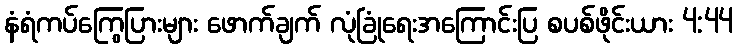
နံရံကပ်ကြွေပြားများ ဖောက်ချက် လုံခြုံရေးအကြောင်းပြ စပစ်ဖိုင်းယား 4:44